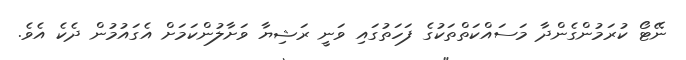
ނޭޓޯ ކުރަމުންގެންދާ މަސައްކަތްތަކުގެ ފަހަތުގައި ވަނީ ރަޝިޔާ ވަށާލުންކަމަށް އެގައުމުން ދެކެ އެވެ.